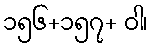
၁၅၆+၁၅၇+ ဝါ၊